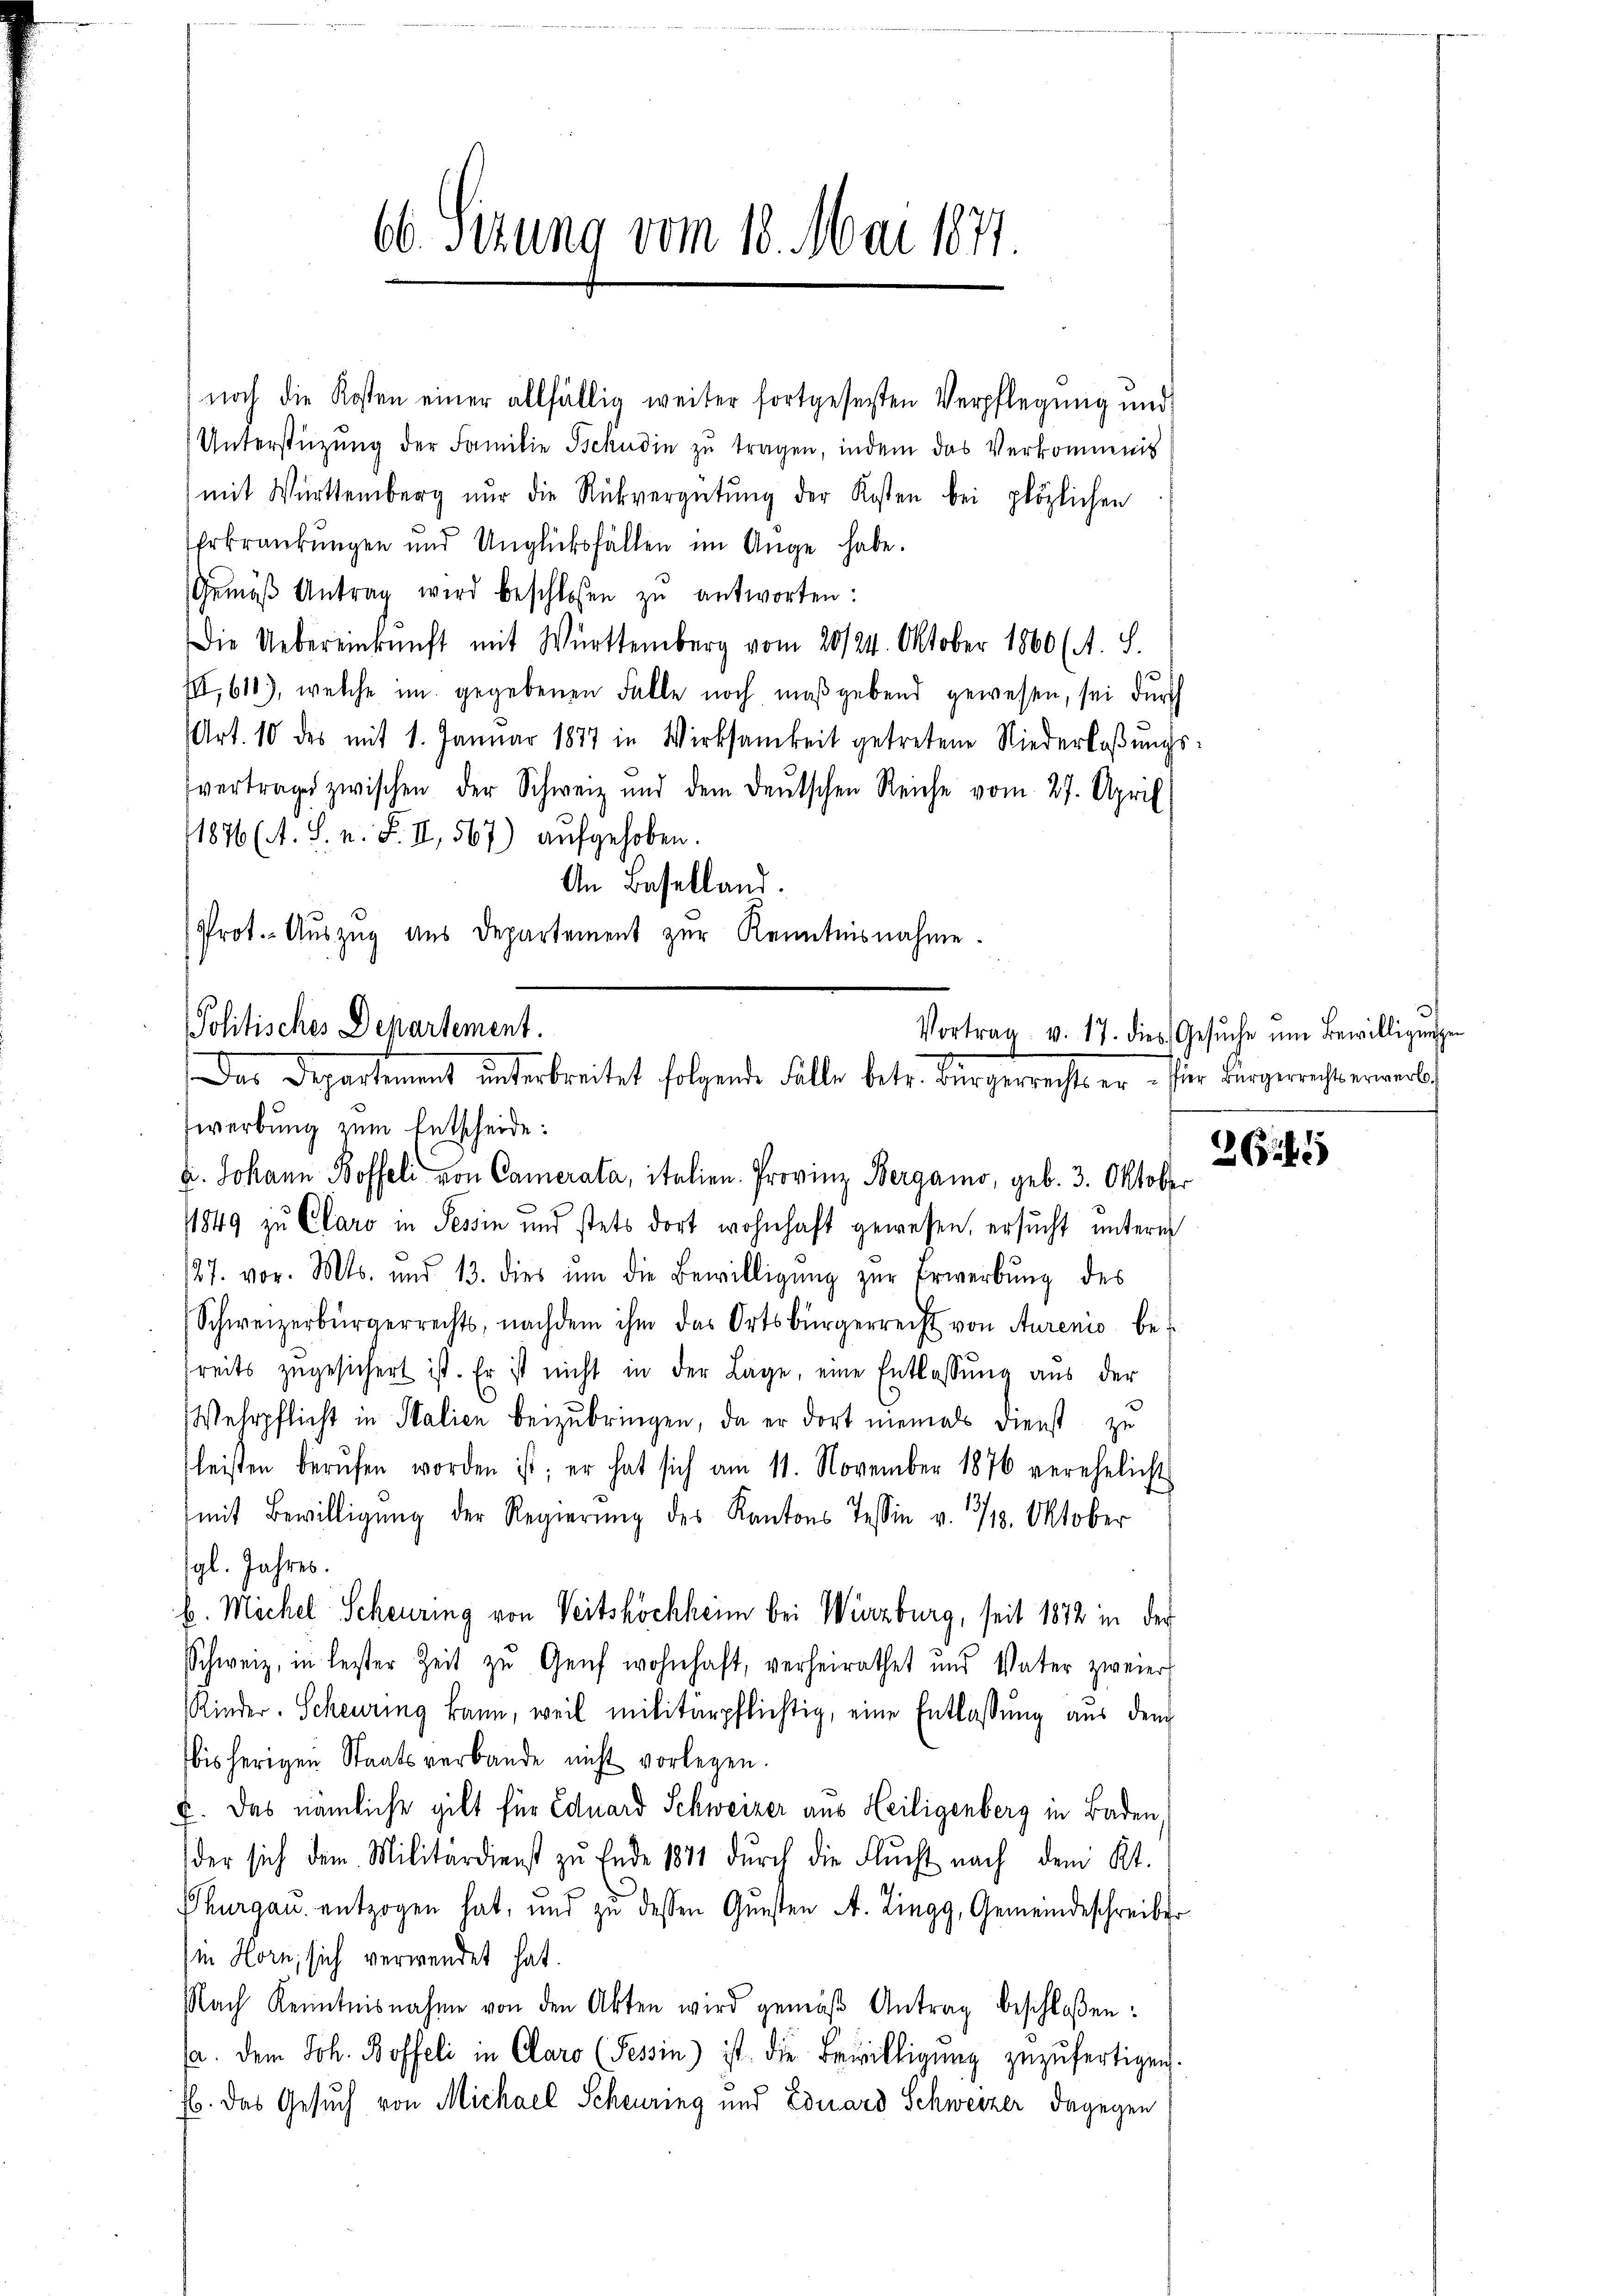
66. Sizung vom 18. Mai 1871

(Unterstützŭng der Familie Schudin zŭ tragen, indem das Verkommnis
mit Württemberg nur die Rückvergütŭng der Kosten bei plözlichen
Erkrankungen und Unglücksfällen im Auge habe.
Gemäβ Antrag wird beschlosen zŭ antworten:
Die Uebereinkunft mit Württemberg vom 20/24. Oktober 1860 (A. S.
II,611), welche im gegebenen Falle noch maßgebend gewesen, sei durch
Art. 10 des mit 1. Janŭar 1877 in Wirksamkeit getretene Niederlaβŭngs-
fvertrages zwischen der Schweiz und dem deŭtschen Reiche vom 27. April
1876 (A. S. n. F. II, 567) aufgehoben.
An Baselland.
Prot.- Aŭszŭg ans Departement zŭr Kenntnisnahme.

Politisches Departement.
Der Departement unterbreitet folgende Fälle betr. Bürgerrechts er für Bergerichterwerks
werbung zum Entscheide:

noch die Kosten einer allfällig weiter fortgesesten Verpflegung und

u. Johann Boffeli von Camerata, italien. Provinz Bergamo, geb. 3. Oktober
1849 zu Claro in Tessin und stets dort wohnhaft gewesen, ersucht unterm
127. vor. Mts. und 13. dies ŭm die Bewilligŭng zŭr Erwerbŭng des
Schweizerbürgerrechts, nachdem ihm das Ortsbürgerrecht von Aurenio be-
treits zŭgesichert ist. Er ist nicht in der Lage, eine Entlassŭng aus der
Wehrpflicht in Salien beizubringen, da er dort niemals Dienst zu
leisten berŭfen worden ist; er hat sich am 11. November 1876 verehelicht
mit Bewilligŭng der Regierŭng des Kantons Tessin v. 30. Oktober
gl. Jahres.
b. Michel Scheuring von Seitsköchheim bei Würzburg, seit 1872 in der
Schweiz, in lester Zeit zu Genf wohnhaft, verheirathet und Vater zweier
Rinder-Scherung kann, weil militärpflichtig, eine Entlassung aus dem
bisherigen Staatsverbande nicht vorlegen.
E. Das nämliche gilt für Eduard Schweizer aus Heiligenberg in Baden,
der sich dem Militärdienst zŭ Ende 1841 dŭrch die Flŭcht nach dem Kt.
Thurgau entzogen hat, und zu dessen Gunsten A. Zingg, Gemeindeschreiber
in Horn, sich verwendet hat.
Nach Kenntnisnahme von den Akten wird gemäβ Antrag beschloßen:
/. dem Joh. Boffeli in Claro (Tessin) ist die Bewilligŭng zŭzŭfertigen.
Eb. Das Gesuch von Michael Scheuring und Eduard Schweizer dagegen

Vortrag v. 17. dies Gesŭche ŭm Bewilligungen

26145